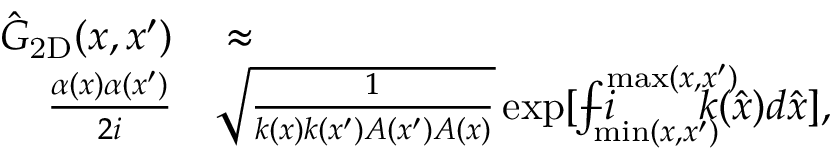
\begin{array} { r l } { \hat { G } _ { \mathrm { 2 D } } ( x , x ^ { \prime } ) } & { { } \approx } \\ { \frac { \alpha ( x ) \alpha ( x ^ { \prime } ) } { 2 i } } & { { } \sqrt { \frac { 1 } { k ( x ) k ( x ^ { \prime } ) A ( x ^ { \prime } ) A ( x ) } } \exp [ - i \! \! \! \! \! \! \! \int _ { \operatorname* { m i n } ( x , x ^ { \prime } ) } ^ { \operatorname* { m a x } ( x , x ^ { \prime } ) } \! \! \! \! \! \! \! { k ( \hat { x } ) d \hat { x } } ] , } \end{array}